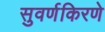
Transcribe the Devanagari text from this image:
सुवर्णकिरणे